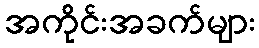
အကိုင်းအခက်များ